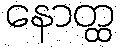
နောတ္ထ